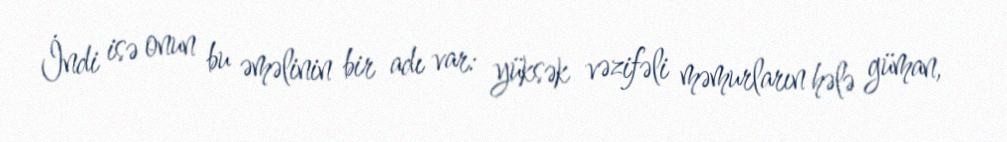
İndi isə onun bu əməlinin bir adı var: yüksək vəzifəli məmurların hələ güman,